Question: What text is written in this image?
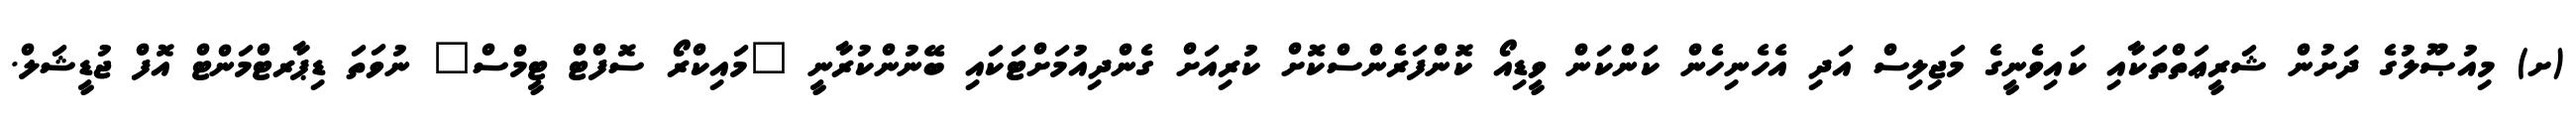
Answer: (ށ) މިއުޞޫލުގެ ދަށުން ޝަރީޢަތްތަކާއި ކައިވެނީގެ މަޖިލިސް އަދި އެހެނިހެން ކަންކަން ވީޑިއޯ ކޮންފަރެންސްކޮށް ކުރިއަށް ގެންދިއުމަށްޓަކައި ބޭނުންކުރާނީ "މައިކްރޯ ސޮފްޓް ޓީމްސް" ނުވަތަ ޑިޕާރޓްމަންޓް އޮފް ޖުޑީޝަލް.